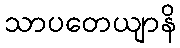
သာပတေယျာနိ